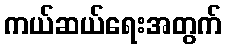
ကယ်ဆယ်ရေးအတွက်